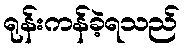
ရုန်းကန်ခဲ့ရသည်